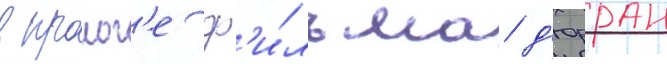
в пролог'е ф'и́льма д'юрран